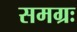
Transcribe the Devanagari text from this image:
समग्रः